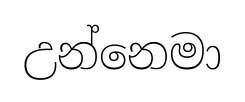
උන්නෙමා